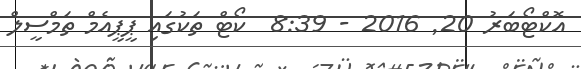
އޮކްޓޯބަރު 20